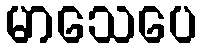
မာသေပေ